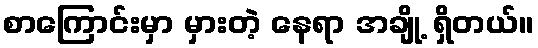
စာကြောင်းမှာ မှားတဲ့ နေရာ အချို့ ရှိတယ်။